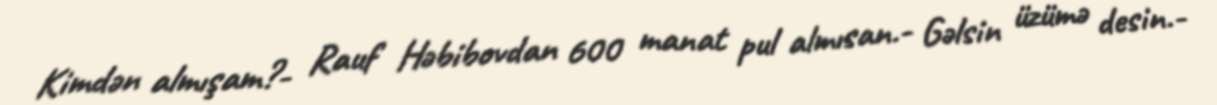
Kimdən almışam?- Rauf Həbibovdan 600 manat pul almısan.- Gəlsin üzümə desin.-